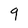
Character: 9